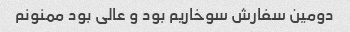
دومین سفارش سوخاریم بود و عالی بود ممنونم